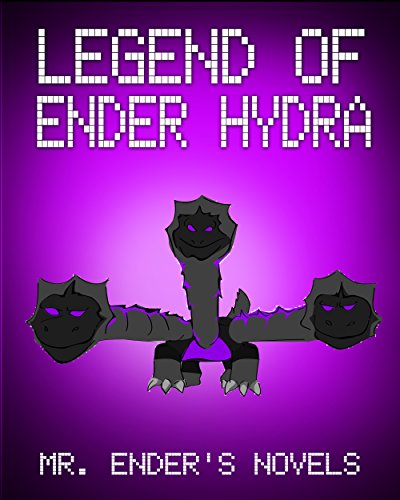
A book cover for Legend of Ender Hydra: A Mining Novel (ENDER SERIES #3); Mr. Ender; Children's Books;